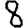
Digit: 8